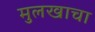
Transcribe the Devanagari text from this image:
मुलखाचा